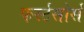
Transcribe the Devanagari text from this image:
फर्स्टसोर्स